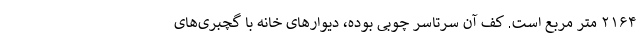
۲۱۶۴ متر مربع است. کف آن سرتاسر چوبی بوده، دیوار‌های خانه با گچبری‌های